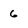
Character: 6